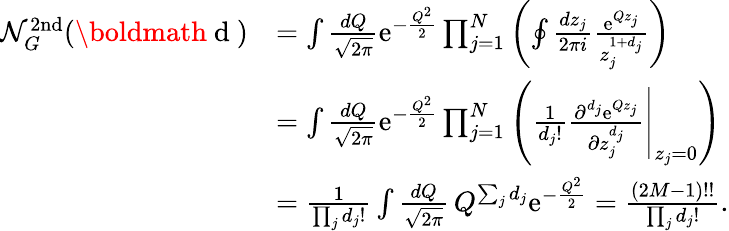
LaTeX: \begin{array}{rl}{\mathcal{N}_{G}^{\mathrm{2nd}}(\mathrm{\boldmath~d~})}&{=\int\frac{dQ}{\sqrt{2\pi}}\mathrm{e}^{-\frac{Q^{2}}{2}}\prod_{j=1}^{N}\left(\oint\frac{dz_{j}}{2\pi i}\frac{\mathrm{e}^{Qz_{j}}}{z_{j}^{1+d_{j}}}\right)}\\ &{=\int\frac{dQ}{\sqrt{2\pi}}\mathrm{e}^{-\frac{Q^{2}}{2}}\prod_{j=1}^{N}\left(\left.\frac{1}{d_{j}!}\frac{\partial^{d_{j}}\mathrm{e}^{Qz_{j}}}{\partial z_{j}^{d_{j}}}\right|_{z_{j}=0}\right)}\\ &{=\frac{1}{\prod_{j}d_{j}!}\int\frac{dQ}{\sqrt{2\pi}}\, Q^{\sum_{j}d_{j}}\mathrm{e}^{-\frac{Q^{2}}{2}}=\frac{(2M-1)!!}{\prod_{j}d_{j}!}.}\end{array}